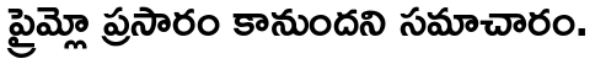
ప్రైమ్లో ప్రసారం కానుందని సమాచారం.